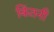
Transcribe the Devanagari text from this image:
किंतनी